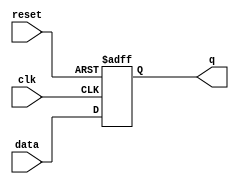
module Register (
    input wire clk,
    input wire reset,
    input wire data,
    output reg q
);

always @(posedge clk or posedge reset) begin
    if (reset) begin
        q <= 1'b0;
    end else begin
        q <= data;
    end
end

endmodule